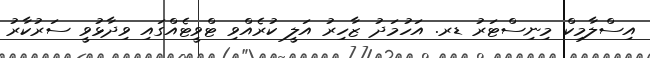
އިސްލާމިކް މިނިސްޓަރު ޑރ. އަހުމަދު ޒާހިރު އަލީ ކުރެއްވި ޓްވީޓެއްގައި ވިދާޅުވީ ސަރުކާރު